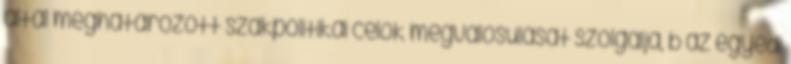
által meghatározott szakpolitikai célok megvalósulását szolgálja, b az egyedi